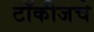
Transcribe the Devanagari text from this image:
टॉकीजचे